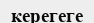
керегеге